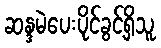
ဆန္ဒမဲပေးပိုင်ခွင့်ရှိသူ